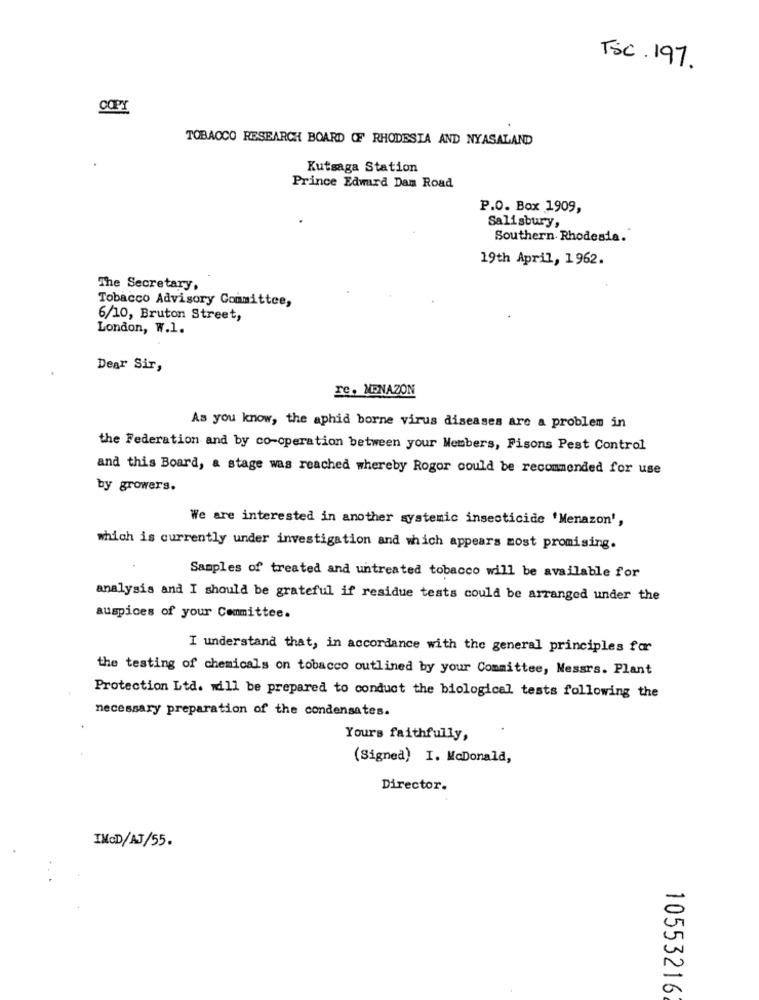
TSC. 197.
TOBACCO RESEARCH BOARD OF RHODESIA AND NYASALAND
Kutsaga Station
Prince Edward Dan Road
P.O. Box 1909,
Salisbury,
Southern Rhodesia.
19th April, 1962.
The Secretary,
Tobacco Advisory Committee,
6/10, Bruton Street,
London, W.1.
Dear Sir,
re. MENAZON
As you know, the aphid borne virus diseases are a problem in
the Federation and by co-operation between your Members, Pisons Pest Control
and this Board, & stage was reached whereby Rogor could be recommended for use
by growers.
We are interested in another systemic insecticide 'Menazon',
which is currently under investigation and which appears most promising.
Samples of treated and untreated tobacco will be available for
analysis and I should be grateful if residue tests could be arranged under the
auspices of your Committee.
I understand that, in accordance with the general principles for
the testing of chemicals on tobacco outlined by your Committee, Messrs. Plant
Protection Ltd. will be prepared to conduct the biological tests following the
necessary preparation of the condensates.
Yours faithfully,
(Signed) I. McDonald,
Director.
IMOD/AJ/55.
-
0
a
10553216